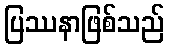
ပြဿနာဖြစ်သည်